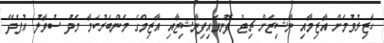
ހާޒިރުވުމަށް އާޒިމާއި ނާޝިޒަށް ޗިޓް ފޮނުވައިފިނާޝިޒާއި އާޒިމްގެ މެންބަރުކަމާ މެދު ސުވާލު އުފެދޭ